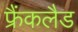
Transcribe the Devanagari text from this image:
फ्रैंकलैड